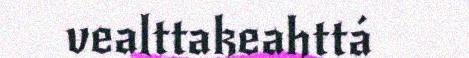
vealttakeahttá